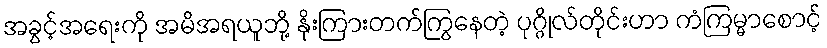
အခွင့်အရေးကို အမိအရယူဘို့ နိုးကြားတက်ကြွနေတဲ့ ပုဂ္ဂိုလ်တိုင်းဟာ ကံကြမ္မာစောင့်